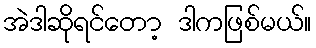
အဲဒါဆိုရင်တော့ ဒါကဖြစ်မယ်။